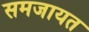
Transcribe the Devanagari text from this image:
समजायत